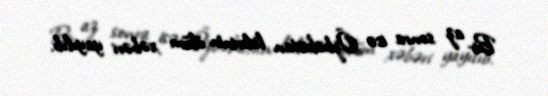
Bir az sonra isə Özbəkistan liderinin ölüm xəbəri yayılıb.